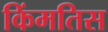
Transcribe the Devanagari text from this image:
किंमतिस